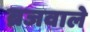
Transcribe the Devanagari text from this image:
ब्रजवाले